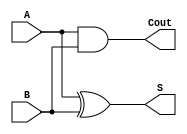
`timescale 1ns / 1ps
//////////////////////////////////////////////////////////////////////////////////
// Company: 
// 
// Design Name: 
// Module Name: half_adder
// Project Name: 
// Target Devices: 
// Tool Versions: 
// Description: 
// half adder program
// Dependencies: 
// 
// Revision:
// Revision 0.01 - File Created
// Additional Comments:
// 
//////////////////////////////////////////////////////////////////////////////////
module half_adder (
    input A,
    input B,
    output S,
    output Cout
);
    and(Cout, A, B);
    xor(S, A, B);
endmodule